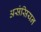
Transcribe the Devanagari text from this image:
असंसियन